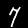
Label: 7